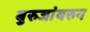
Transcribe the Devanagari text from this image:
बुरुजांवरुन